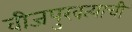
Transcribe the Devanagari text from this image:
वीजपुरवत्याची